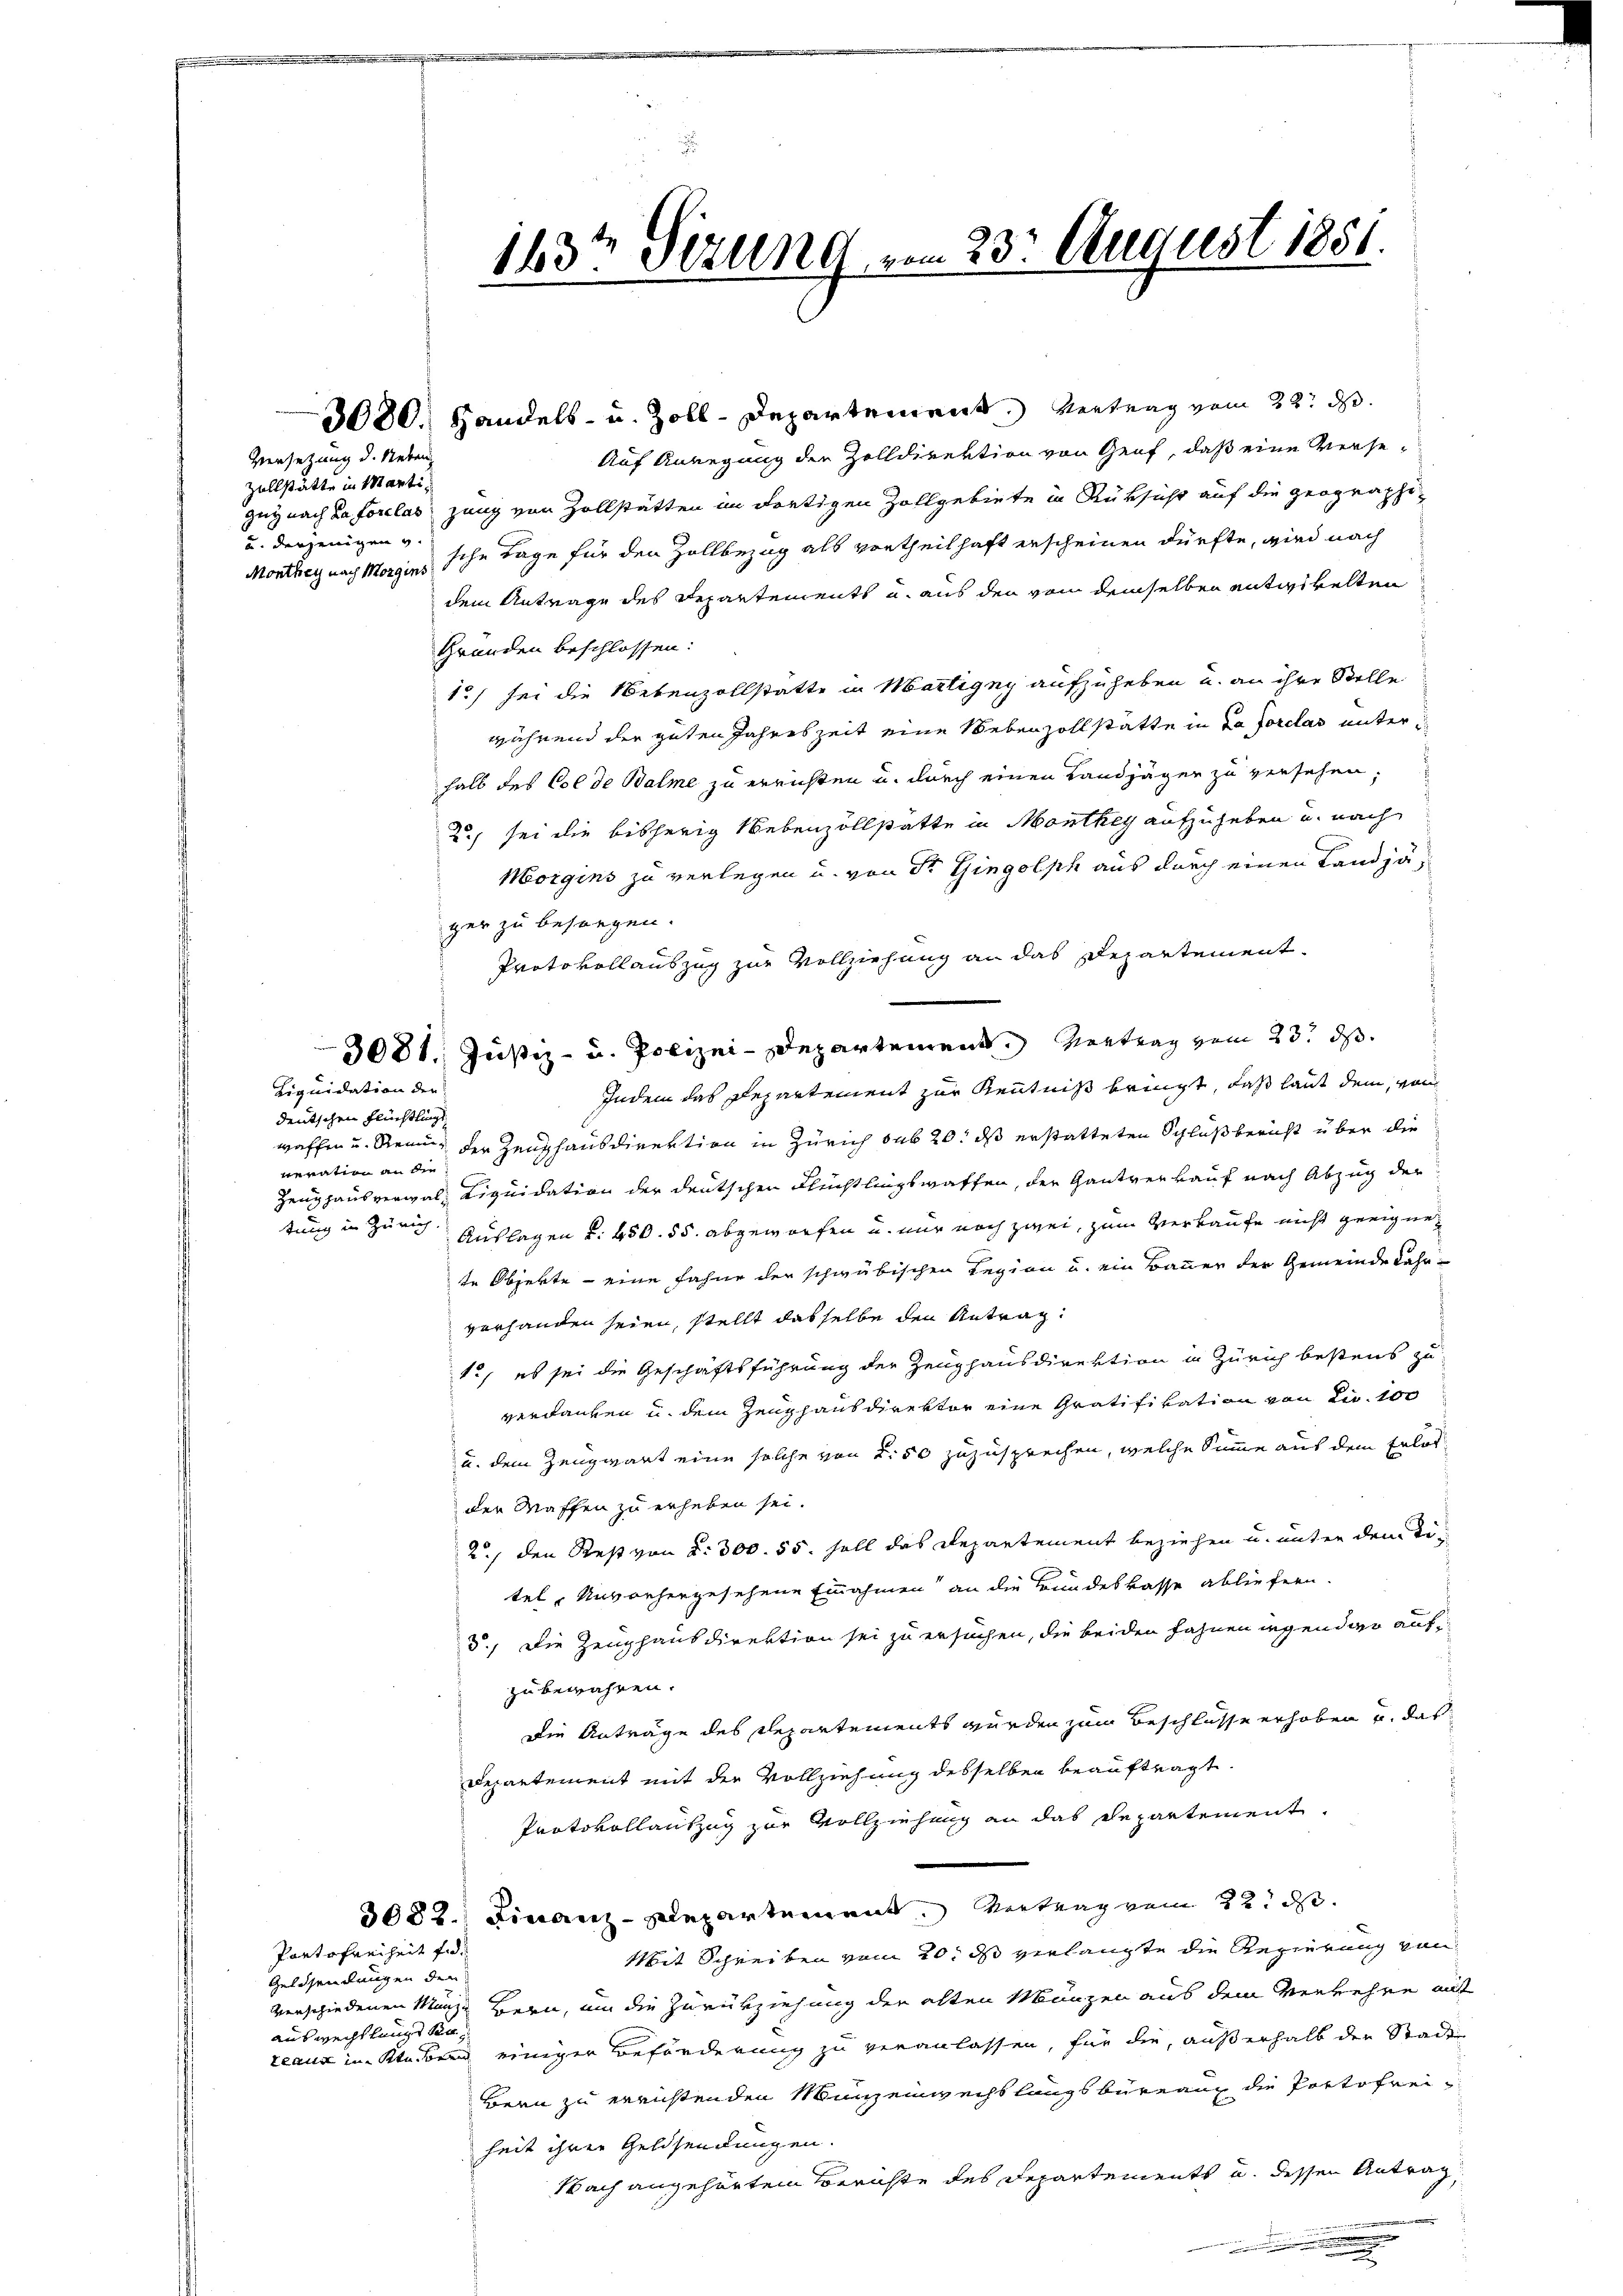
Versetzung d. Neben
Zollstätte in Marti¬
und derjenigen v.

Liquidation der
deutschen Flüchtlingt
veration an die

Partofreiheit fid
Geldsendungen den
auswechslangt Ka
teaux im Ktn. voren

143t Sezung vom 23. August 1851.

3080. Handels- u. Zoll-Departement. Vertrag vom 22. d.
Auf Anregung der Zolldirektion von Graf, daß eine Versegug nach La forclas zung von Zollstätten im dortigen Zollgebiete in Rüksicht auf die geographi-
Monthey nach Morges sche Tage für den Zollbezug als vortheilhaft erscheinen dürfte, wird nach
dem Antrage des Departements u. aus den von demselben entwickelten
Gründen beschlossen:
15) sei die Nebenzollstatte in Martigny aufzuheben u. an ihre Stelle
während der guten Jahreszeit eine Nebenzollstätte in da forclas unter
halb des Col de Balme zu errichten u. durch einen Landjäger zu versehen;
2., sei die bisherig Nebenzollstatte in Monthey aufzuheben u. nach
Morgins zu verlegen u. von Sr. Gingolph aus durch einen Landjäger zu besorgen.
Protokollauszug zur Vollziehung an das Departement.
3081. Justiz- u. Polizei-Departement. Vertrag vom 23. ds.
Indem das Departement zur Kenntniß bringt, daß laut dem, von
waffen u. Renug der Zeughausdirektion in Zürich sub 20. ds erstatteten Schluß bericht über die
Zeughausverwal- Liquidation der deutschen Flüchtlingswaffen, der Gantverkauf nach Abzug der
tung in Zürich Auslagen u. 450. 55. abgeworfen u. nur noch zwei, zum Verkaufe nicht geeignet
te Objekte - eine Fahne der schwäbischen Regien u. ein Bauer der Gemeinde Jahr-
verhanden seien, stellt dasselbe den Antrag:
1., es sei die Geschäftsführung der Zeughausdirektion in Zürich bestens zu
verdanken u. dem Zeughaus direktor eine Gratifikation von Dir. 100
u. dem Zeugwart eine solche von §. 50 zuzusprechen, welche Summe auf dem Erlasder Waffen zu erheben sei.
2./ den Rest von d. 300. 55. soll das Departement beziehen u. unter dem Titel, Unvorhergesehene Einnahmen an die Bundeskasse abliefern.
5.) Die Zeughausdirektion sei zu ersuchen, die beiden Fahnen irgendwo aufzu bewahren.
Die Anträge des Departements wurden zum Beschlüsse erhoben u. das
Departement mit der Vollziehung desselben beauftragt.
Protokollantzug zur Vollziehung an das Departement
3082. Finanz-Repartement. Vertrag vom 22. d.
Mit Schreiben vom 20. ds verlangte die Regierung von
verschiedenen Münze Bern, um die Zurükziehung der alten Münzen aus dem Verkehre auf
einiger Beförderung zu veranlassen, für die, außerhalb der Stadt-
Bern zu errichtenden Münzenwecht langs bürrang die Portofreiheit ihrer Geldsendungen.
Nach angehörten Berichte des Departements u. dessen Antrag,
.